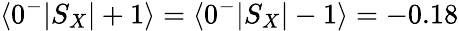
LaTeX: \langle 0^{-}|S_{X}|+1\rangle=\langle 0^{-}|S_{X}|-1\rangle=-0.18